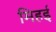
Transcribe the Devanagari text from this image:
मिहई